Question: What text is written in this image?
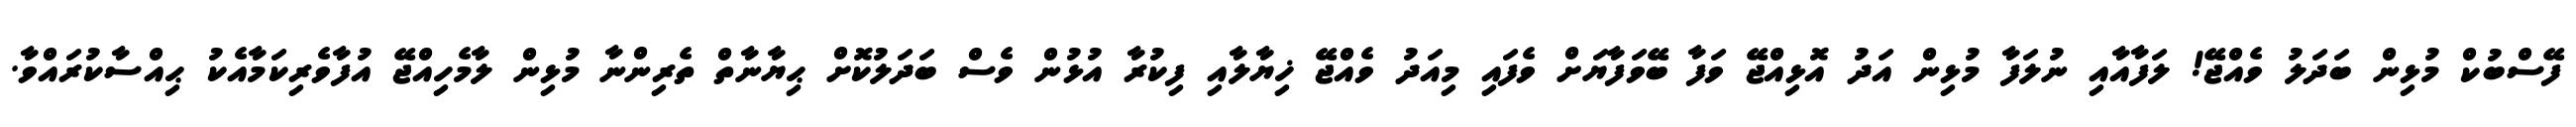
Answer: ފޭސްބުކް މުޅިން ބަދަލު ވެއްޖޭ! ލަފާއާއި ނުލަފާ މުޅިން އަދު އޮޅިއްޖޭ ވަފާ ބޭވަފާޔަށް ވެފައި މިއަދު ވެއްޖޭ ޚިޔާލާއި ފިކުރާ އުޅުން ވެސް ބަދަލުކޮށް ޙިޔާނާތް ތެރިންނާ މުޅިން ލާމެހިއްޖޭ އުފާވެރިކަމާއެކު ޙިއްސާކުރައްވާ.